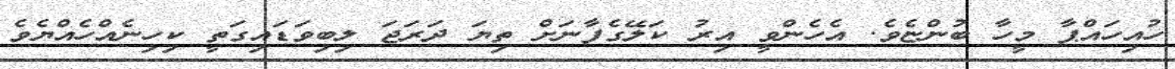
ހުއިހައްޕާ މީހާ ބުންޏެވެ. އެހެންވީ އިރު ކަލޭގެފާނަށް ތިޔަ ދަރަޖަ ލިބިވަޑައިގަތީ ކިހިނެއްހެއްޔެވެ